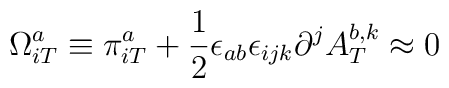
\Omega^{a}_{iT} \equiv \pi^{a}_{iT} +\frac {1}{2} \epsilon_{ab} \epsilon_{ijk}\partial^j A^{b, k}_{T}\approx 0